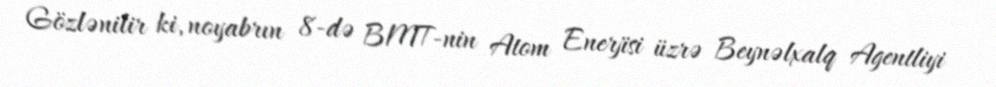
Gözlənilir ki, noyabrın 8-də BMT-nin Atom Enerjisi üzrə Beynəlxalq Agentliyi